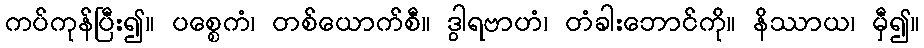
ကပ်ကုန်ပြီး၍။ ပစ္စေကံ၊ တစ်ယောက်စီ။ ဒွါရဗာဟံ၊ တံခါးဘောင်ကို။ နိဿာယ၊ မှီ၍။